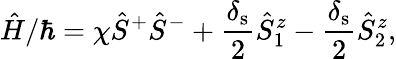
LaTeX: \hat{H}/\hbar=\chi\hat{S}^{+}\hat{S}^{-}+\frac{\delta_{\mathrm{s}}}{2}\hat{S}_{1}^{z}-\frac{\delta_{\mathrm{s}}}{2}\hat{S}_{2}^{z},